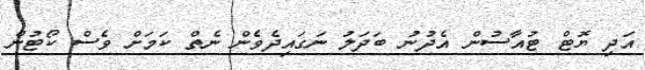
އަދި ޔޮޓް ޓުއާސުން އެދުނު ބަދަލު ނަގައިދެވެން ނެތް ކަމަށް ވެސް ކޯޓުން